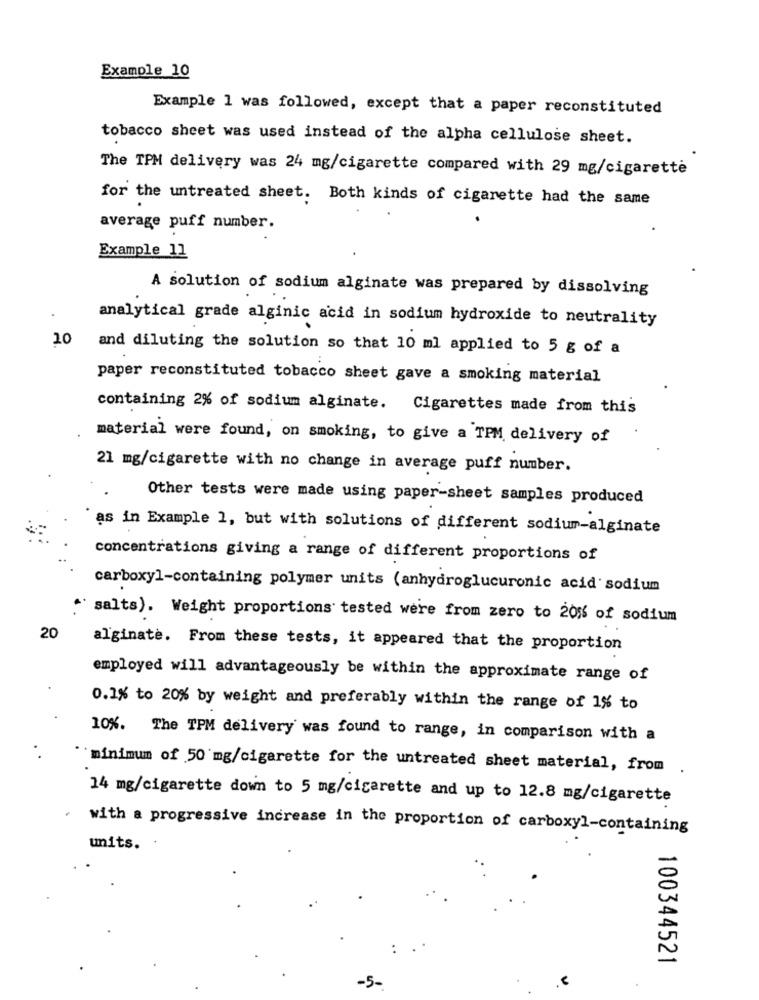
Example 10
Example 1 was followed, except that a paper reconstituted
tobacco sheet was used instead of the alpha cellulose sheet.
The TPM delivery was 24 mg/cigarette compared with 29 mg/cigarette
for the untreated sheet. Both kinds of cigarette had the same
average puff number.
Example 11
A solution of sodium alginate was prepared by dissolving
analytical grade alginic acid in sodium hydroxide to neutrality
10
and diluting the solution so that 10 ml applied to 5 g of a
paper reconstituted tobacco sheet gave a smoking material
containing 2% of sodium alginate. Cigarettes made from this
material were found, on smoking, to give a TPM delivery of
21 mg/cigarette with no change in average puff number.
Other tests were made using paper-sheet samples produced
as in Example 1, but with solutions of different sodium-alginate
concentrations giving a range of different proportions of
carboxyl-containing polymer units (anhydroglucuronic acid sodium
" salts). Weight proportions tested were from zero to 20% of sodium
20
alginate. From these tests, it appeared that the proportion
employed will advantageously be within the approximate range of
0.1% to 20% by weight and preferably within the range of 1% to
10%. The TPM delivery was found to range, in comparison with a
minimum of 50 mg/cigarette for the untreated sheet material, from
14 mg/cigarette down to 5 mg/cigarette and up to 12.8 mg/cigarette
.
with a progressive increase in the proportion of carboxyl-containing
units.
100344521